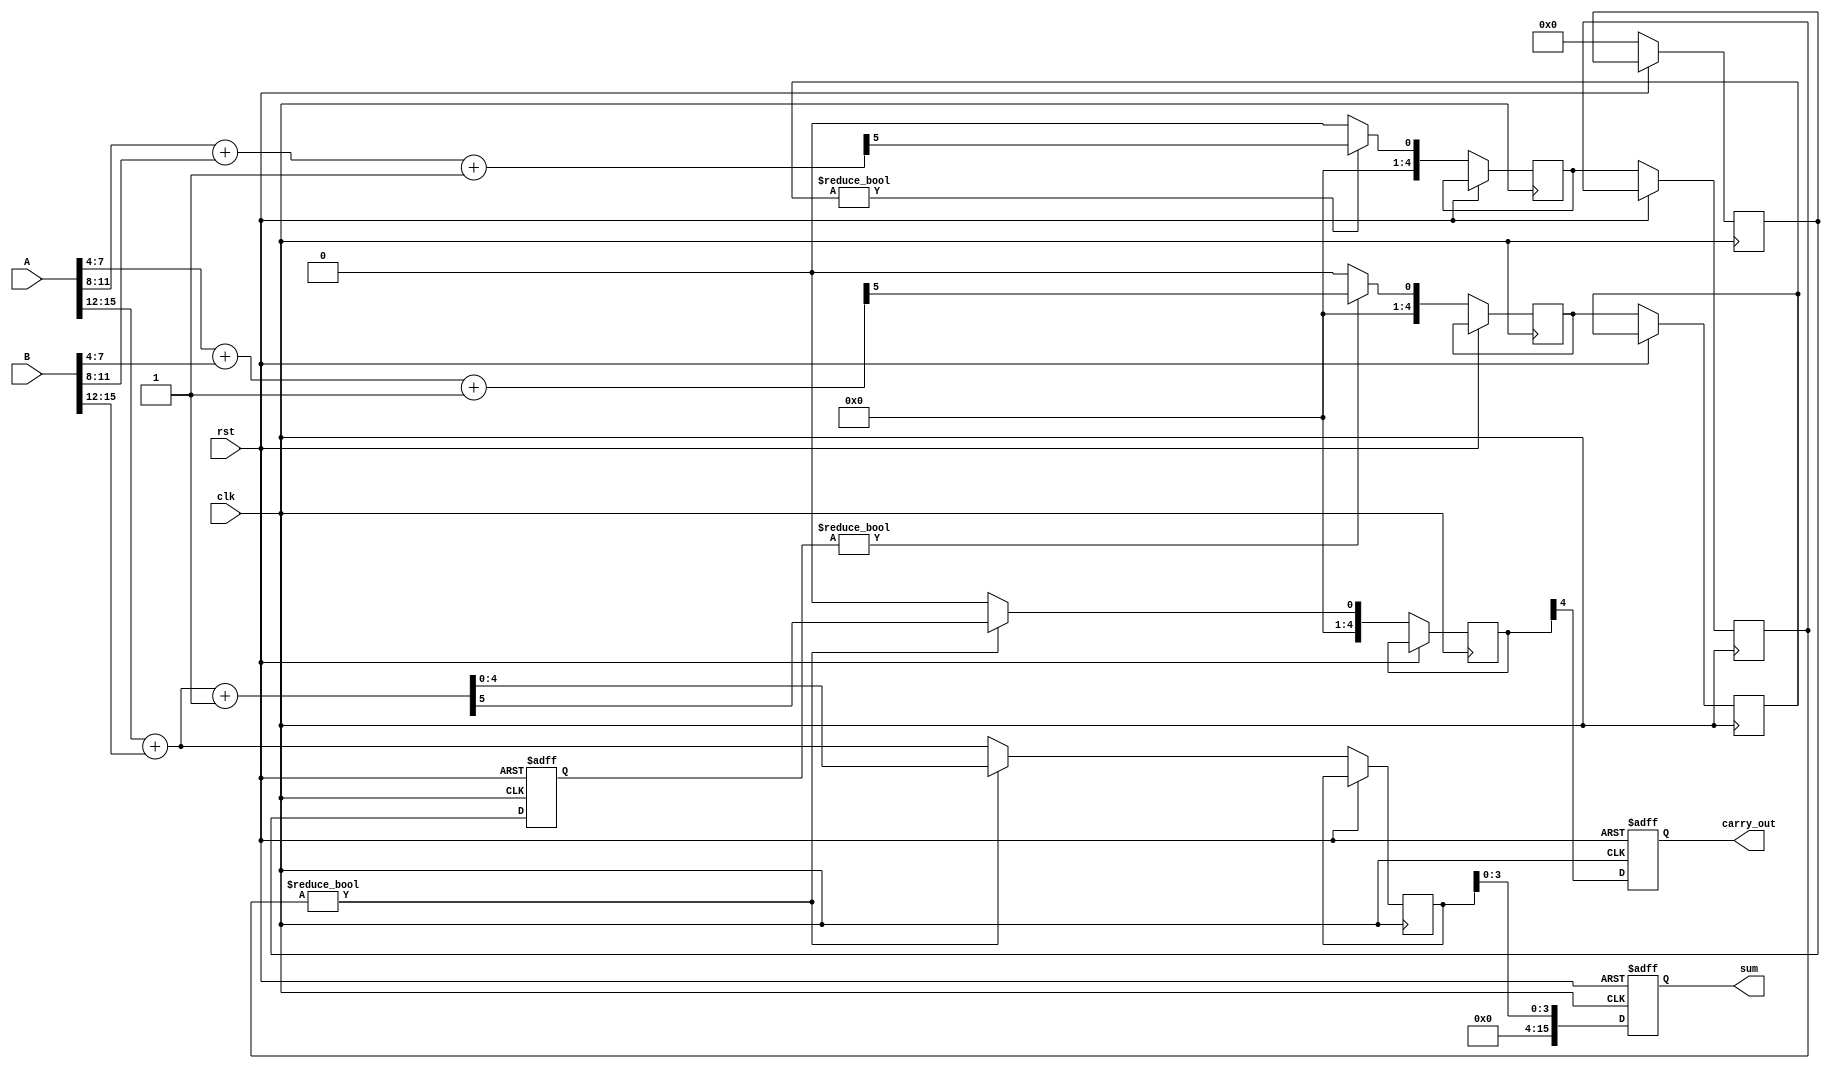
module PipelinedCarrySelectAdder #(parameter WIDTH = 16, parameter BLOCK_SIZE = 4)(
    input clk,
    input rst,
    input [WIDTH-1:0] A,
    input [WIDTH-1:0] B,
    output reg [WIDTH-1:0] sum,
    output reg carry_out
);
    
    localparam NUM_BLOCKS = WIDTH / BLOCK_SIZE;
    
    reg [BLOCK_SIZE-1:0] A_block [0:NUM_BLOCKS-1];
    reg [BLOCK_SIZE-1:0] B_block [0:NUM_BLOCKS-1];
    
    reg [BLOCK_SIZE:0] sum0 [0:NUM_BLOCKS-1]; // Sum assuming carry-in = 0
    reg [BLOCK_SIZE:0] sum1 [0:NUM_BLOCKS-1]; // Sum assuming carry-in = 1
    reg [BLOCK_SIZE:0] carry0 [0:NUM_BLOCKS-1]; // Carry-out assuming carry-in = 0
    reg [BLOCK_SIZE:0] carry1 [0:NUM_BLOCKS-1]; // Carry-out assuming carry-in = 1
    
    reg [BLOCK_SIZE:0] carry_in [0:NUM_BLOCKS-1];
    reg [BLOCK_SIZE:0] selected_sum [0:NUM_BLOCKS-1];
    reg [BLOCK_SIZE:0] selected_carry [0:NUM_BLOCKS-1];
    
    integer i;

    // Partition inputs into blocks
    always @(*) begin
        for (i = 0; i < NUM_BLOCKS; i = i + 1) begin
            A_block[i] = A[(i+1)*BLOCK_SIZE-1:i*BLOCK_SIZE];
            B_block[i] = B[(i+1)*BLOCK_SIZE-1:i*BLOCK_SIZE];
        end
    end

    // Carry Select Adder Logic
    always @(*) begin
        for (i = 0; i < NUM_BLOCKS; i = i + 1) begin
            {carry0[i], sum0[i]} = A_block[i] + B_block[i]; // Carry-in = 0
            {carry1[i], sum1[i]} = A_block[i] + B_block[i] + 1'b1; // Carry-in = 1
        end
    end

    // Pipelining and MUX selection
    always @(posedge clk or posedge rst) begin
        if (rst) begin
            sum <= 0;
            carry_out <= 0;
            carry_in[0] <= 0;
        end else begin
            for (i = 0; i < NUM_BLOCKS; i = i + 1) begin
                if (i == 0) begin
                    selected_sum[i] <= sum0[i];
                    selected_carry[i] <= carry0[i];
                end else begin
                    selected_sum[i] <= carry_in[i-1] ? sum1[i] : sum0[i];
                    selected_carry[i] <= carry_in[i-1] ? carry1[i] : carry0[i];
                end
                carry_in[i] <= selected_carry[i];
            end
            
            // Final output
            sum <= selected_sum[NUM_BLOCKS-1][BLOCK_SIZE-1:0];
            carry_out <= selected_carry[NUM_BLOCKS-1][BLOCK_SIZE];
        end
    end

endmodule